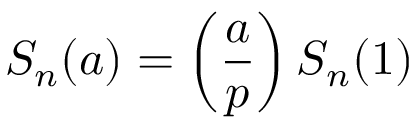
S _ { n } ( a ) = \left( { \frac { a } { p } } \right) S _ { n } ( 1 )